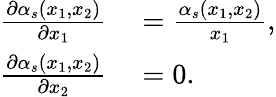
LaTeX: \begin{array}{rl}{\frac{\partial\alpha_{s}(x_{1},x_{2})}{\partial x_{1}}}&{{}=\frac{\alpha_{s}(x_{1},x_{2})}{x_{1}},}\\ {\frac{\partial\alpha_{s}(x_{1},x_{2})}{\partial x_{2}}}&{{}=0.}\end{array}